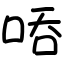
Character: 㖔